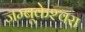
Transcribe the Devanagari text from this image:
जम्बूकेश्‍वरा